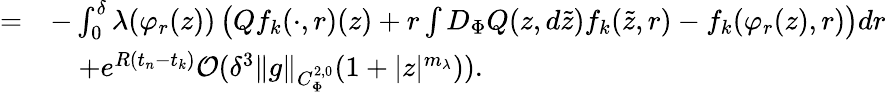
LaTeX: \begin{array}{rl}{=}&{-\int_{0}^{\delta}\lambda(\varphi_{r}(z))\left(Qf_{k}(\cdot,r)(z)+r\int D_{\Phi}Q(z,d\tilde{z})f_{k}(\tilde{z},r)-f_{k}(\varphi_{r}(z),r)\right)dr}\\ &{\quad+e^{R(t_{n}-t_{k})}\mathcal{O}(\delta^{3}\lVert g\rVert_{C_{\Phi}^{2,0}}(1+\lvert z\rvert^{m_{\lambda}})).}\end{array}